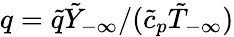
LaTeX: q=\tilde{q}\tilde{Y}_{-\infty}/(\tilde{c}_{p}\tilde{T}_{-\infty})